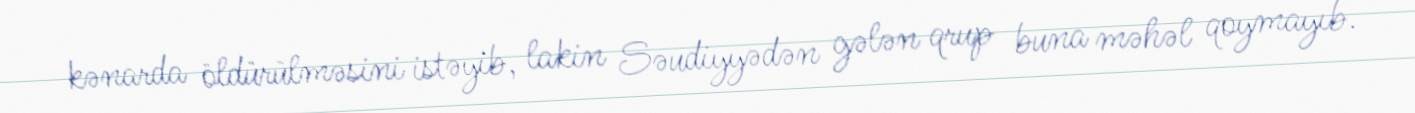
kənarda öldürülməsini istəyib, lakin Səudiyyədən gələn qrup buna məhəl qoymayıb.